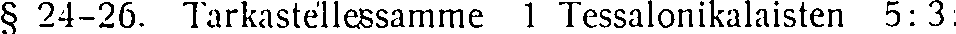
§ 24-26. Tarkastellessamme 1 Tessalonikalaisten 5:3: